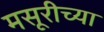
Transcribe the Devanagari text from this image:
मसूरीच्या